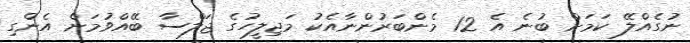
ނުގެއްލޭ ކަމަށް ބުނެ އެ 12 މެންބަރުންނާއެކު މަޖިލީހުގެ ޖަލްސާ ބޭއްވުމަށް އެންގި